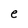
Character: e